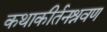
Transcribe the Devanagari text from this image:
कथाकीर्तनश्रवण